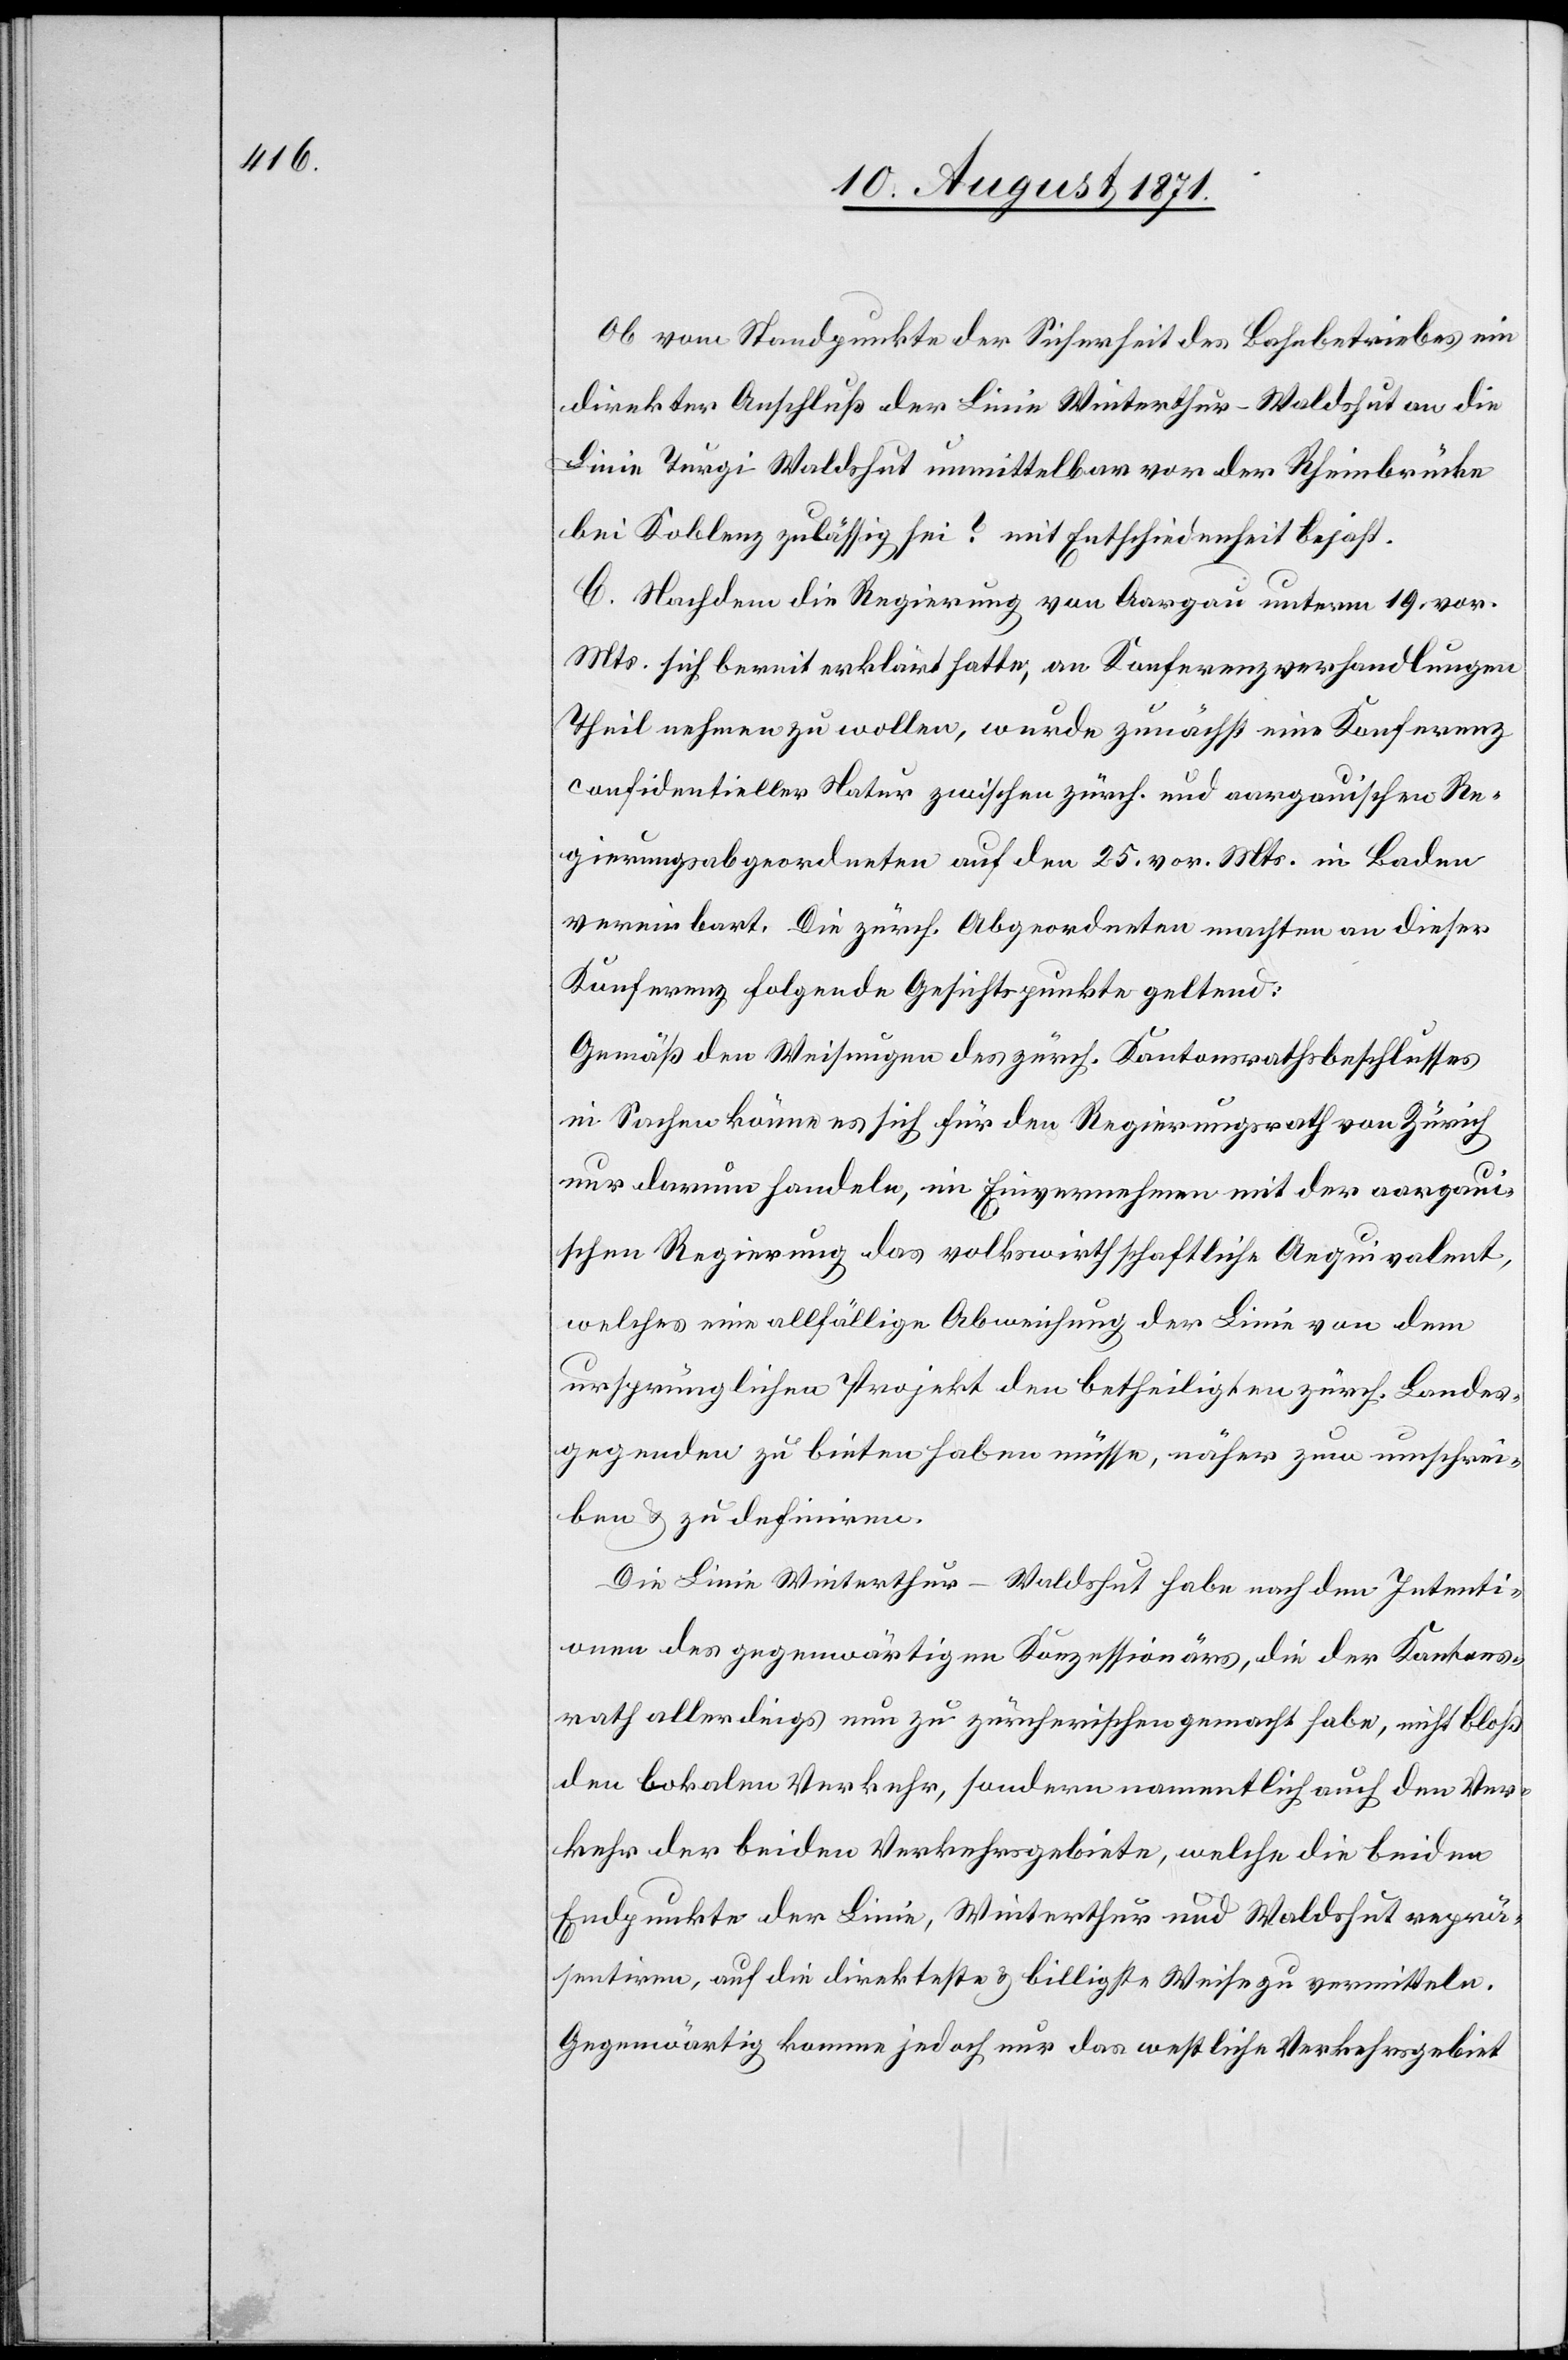
Ob vom Standpunkte der Sicherheit des Bahnbetriebes ein
direkter Anschluß der Linie Winterthur–Waldshut an die
Linien Turgi–Waldshut unmittellbar von der Rheinbrücke
bei Koblenz zulässig sei? mit Entschiedenheit bejaht.
C. Nachdem die Regierung von Aargau unterm 19. vor.
Mts. sich bereit erklärt hatte, an Konferenzverhandlungen
Theil nehmen zu wollen, wurde zunächst eine Konferenz
confidentieller Natur zwischen zürch. und aargauischen Re¬
gierungsabgeordneten auf den 25. vor. Mts. in Baden
vereinbart. Die zürch. Abgeordneten machten an dieser
Konferenz folgende Gesichtspunkte geltend:
Gemäß den Weisungen des zürch. Kantonsrathsbeschlusses
in Sachen könne es sich für den Regierungsrath von Zürich
nur darum handeln, in Einvernehmen mit der aargaui¬
schen Regierung das volkswirthschaftliche Aequivalent,
welches eine allfällige Auswirkung der Linie von dem
ursprünglichen Projekt der Betheiligten zürch. Landes¬
gegenden zu bieten haben müsse, näher zum [sic!] umschrei¬
ben & zu definiren.
Die Linie Winterthur–Waldshut habe nach den Intenti¬
onen des gegenwärtigen Konzessionärs, die der Kantons¬
rath allerdings nun zu zürcherischen gemacht habe, nicht bloß
den lokalen Verkehr, sondern namentlich auch den Ver¬
kehr der beiden Verkehrsgebiete, welche die beiden
Endpunkte der Linie, Winterthur und Waldshut reprä¬
sentiren, auf die direkte & billigste Weisung zu vermitteln.
Gegenwärtig komme jedoch nur das westliche Verkehrgebiet